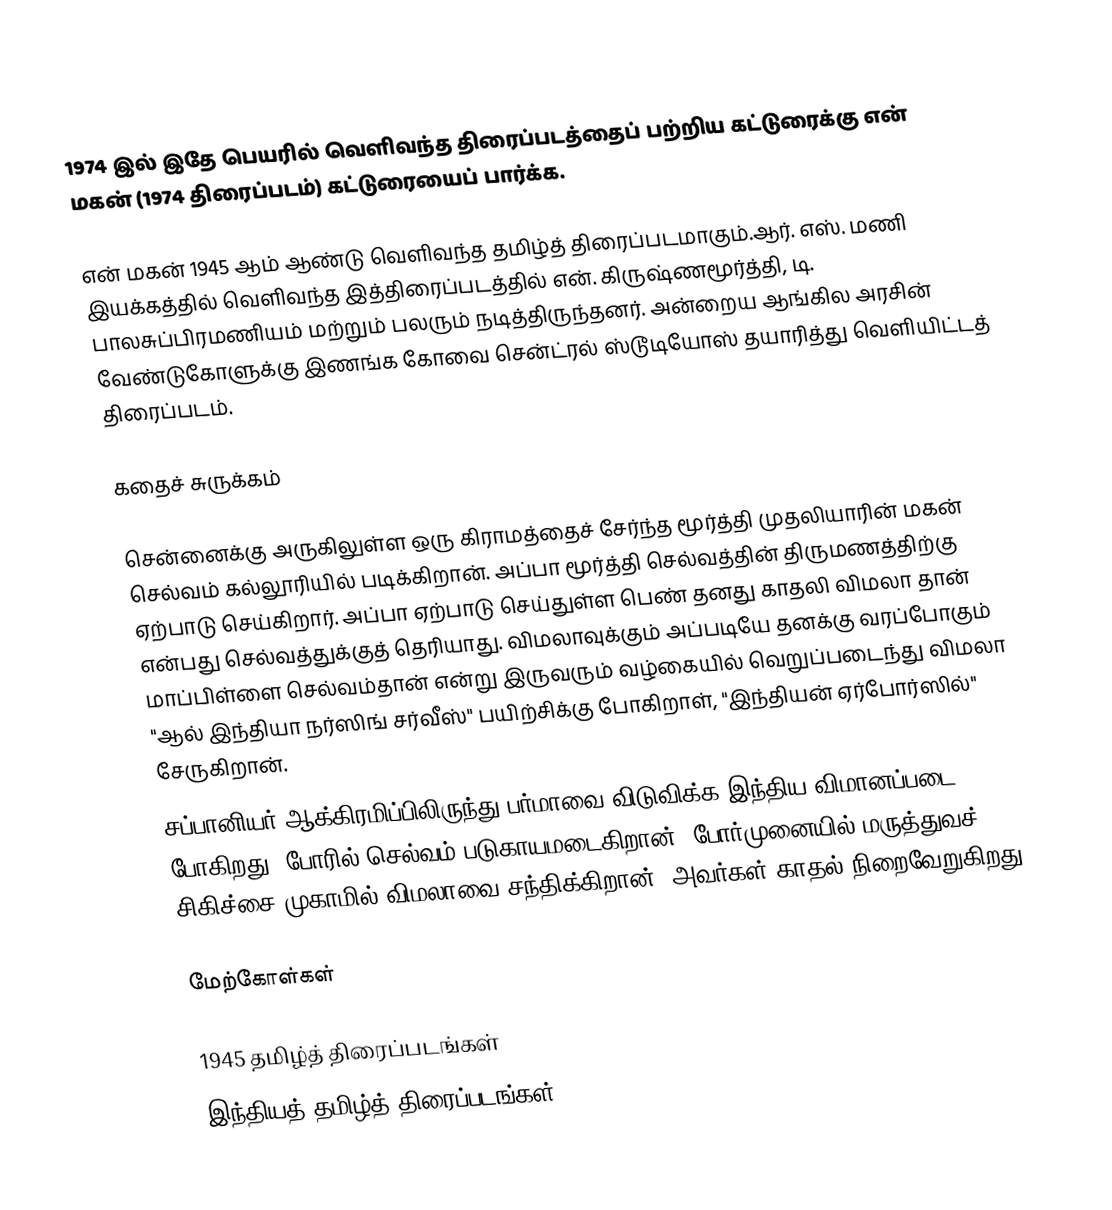
1974 இல் இதே பெயரில் வெளிவந்த திரைப்படத்தைப் பற்றிய கட்டுரைக்கு என் மகன் (1974 திரைப்படம்) கட்டுரையைப் பார்க்க.

என் மகன் 1945 ஆம் ஆண்டு வெளிவந்த தமிழ்த் திரைப்படமாகும்.ஆர். எஸ். மணி இயக்கத்தில் வெளிவந்த இத்திரைப்படத்தில் என். கிருஷ்ணமூர்த்தி, டி. பாலசுப்பிரமணியம் மற்றும் பலரும் நடித்திருந்தனர். அன்றைய ஆங்கில அரசின் வேண்டுகோளுக்கு இணங்க கோவை சென்ட்ரல் ஸ்டூடியோஸ் தயாரித்து வெளியிட்டத் திரைப்படம்.

கதைச் சுருக்கம்

சென்னைக்கு அருகிலுள்ள ஒரு கிராமத்தைச் சேர்ந்த மூர்த்தி முதலியாரின் மகன் செல்வம் கல்லூரியில் படிக்கிறான். அப்பா மூர்த்தி செல்வத்தின் திருமணத்திற்கு ஏற்பாடு செய்கிறார். அப்பா ஏற்பாடு செய்துள்ள பெண் தனது காதலி விமலா தான் என்பது செல்வத்துக்குத் தெரியாது. விமலாவுக்கும் அப்படியே தனக்கு வரப்போகும் மாப்பிள்ளை செல்வம்தான் என்று இருவரும் வழ்கையில் வெறுப்படைந்து விமலா "ஆல் இந்தியா நர்ஸிங் சர்வீஸ்" பயிற்சிக்கு போகிறாள், "இந்தியன் ஏர்போர்ஸில்" சேருகிறான்.
சப்பானியர் ஆக்கிரமிப்பிலிருந்து பர்மாவை விடுவிக்க இந்திய விமானப்படை போகிறது. போரில் செல்வம் படுகாயமடைகிறான். போர்முனையில் மருத்துவச் சிகிச்சை முகாமில் விமலாவை சந்திக்கிறான். அவர்கள் காதல் நிறைவேறுகிறது.

மேற்கோள்கள்

1945 தமிழ்த் திரைப்படங்கள்
இந்தியத் தமிழ்த் திரைப்படங்கள்